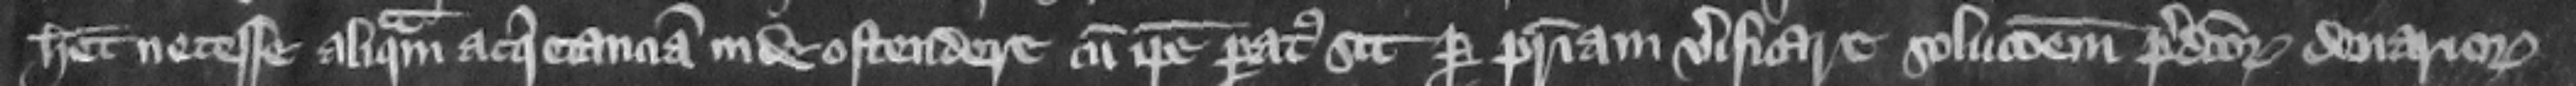
habet necesse aliquam acquietanciam inde ostendere cum ipse paratus sit per patriam verificare solucionem predictorum denariorum